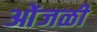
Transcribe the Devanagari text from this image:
ओंजळी